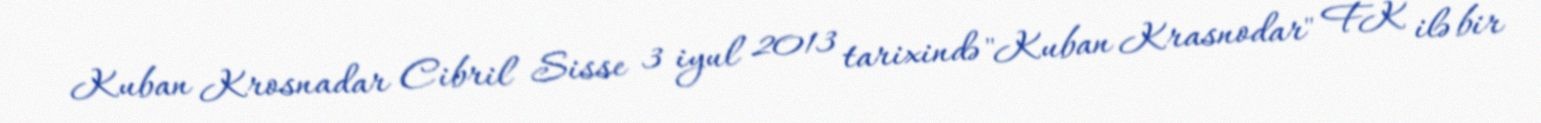
Kuban Krosnadar Cibril Sisse 3 iyul 2013 tarixində "Kuban Krasnodar" FK ilə bir